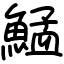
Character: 鯭